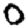
Digit: 0